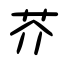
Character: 芥